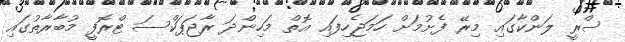
ސްރީ ލަންކާގައި މިރޭ ފެށުމަށް ހަމަޖެހިފައި އޮތް މަހިންދަ ރާޖަޕަކްސަ ޓްރޮފީ މުބާރާތުގައި